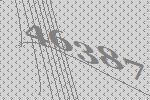
46387